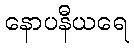
နောပနီယရေ